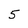
Character: 5